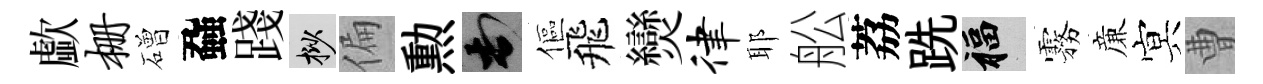
歔栅磳蝨踐挲偏勲頓傴飛𤓖律耶舩荔跣福霧亷㝠曹